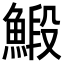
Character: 𩹨